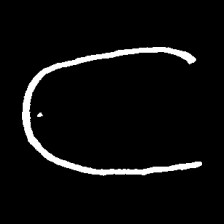
Pyu character \u2014 Myanmar letter: ဋ (romanized: tta)